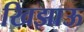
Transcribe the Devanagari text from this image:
खिझाऊ